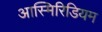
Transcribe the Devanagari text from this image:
आस्मिरिडियम